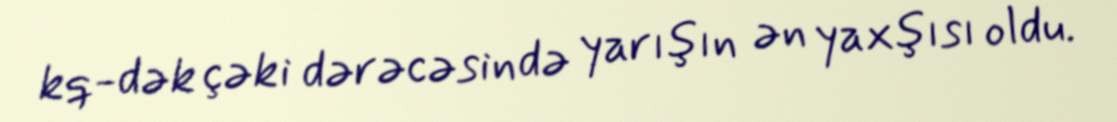
kq-dək çəki dərəcəsində yarışın ən yaxşısı oldu.